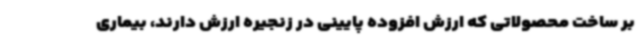
بر ساخت محصولاتی که ارزش افزوده پایینی در زنجیره ارزش دارند، بیماری